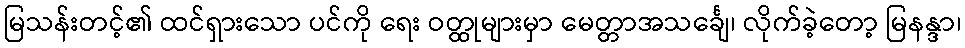
မြသန်းတင့်၏ ထင်ရှားသော ပင်ကို ရေး ဝတ္ထုများမှာ မေတ္တာအသင်္ချေ၊ လိုက်ခဲ့တော့ မြနန္ဒာ၊